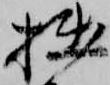
拙